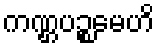
ကဏ္ဌပဉ္စမေဟိ